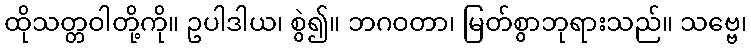
ထိုသတ္တဝါတို့ကို။ ဥပါဒါယ၊ စွဲ၍။ ဘဂဝတာ၊ မြတ်စွာဘုရားသည်။ သဗ္ဗေ၊